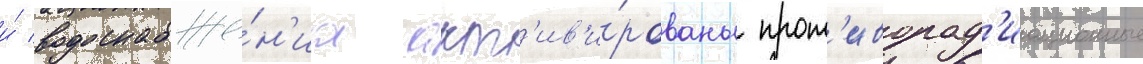
и́ водоснабже́н'иа акт'ив'и́рованы прот'иворад'иационные